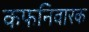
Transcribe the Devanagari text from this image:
कफनिवारक